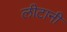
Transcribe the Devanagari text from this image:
लीटानी